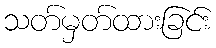
သတ်မှတ်ထားခြင်း